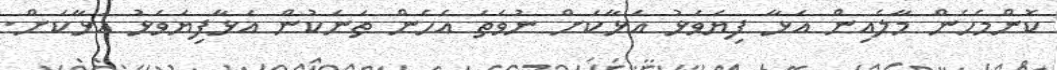
ކޮންމެހެން މާލެއިން އަޅާ ފިޔަވަޅު އަޅާކަށް ނުވަތަ އެހެން ތަނަކުން އަޅާފިޔަވަޅު އަޅާކަށް.